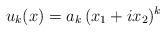
LaTeX: \begin{align*}u_k(x) = a_k\, (x_1+ix_2)^k\end{align*}